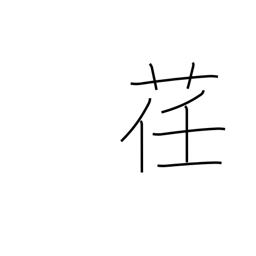
Meaning: pliable